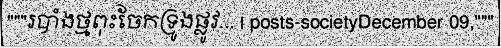
"""របាំងថ្មពុះចែកទ្រូងផ្លូវ... | posts-societyDecember 09,"""